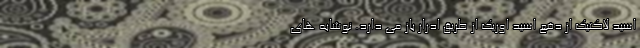
اسید لاکتیک از دفع اسید اوریک از طریق ادرار باز می دارد. نوشابه های